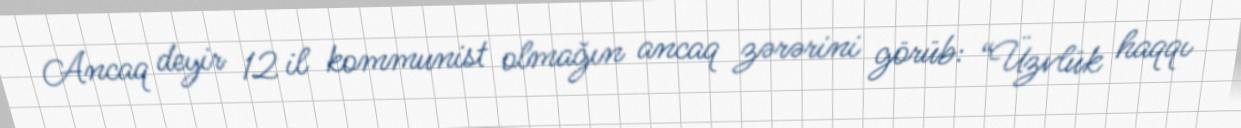
Ancaq deyir 12 il kommunist olmağın ancaq zərərini görüb: “Üzvlük haqqı